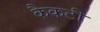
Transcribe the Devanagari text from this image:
कैकटी